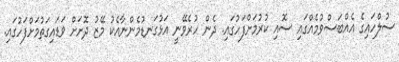
ސުލްހައިގެ އެއްބަސްވުމެއްގައި ސޮއި ކުރުމަށްފަހުގައި. ދެން ހުރެވޭނީ އަޅުގަނޑުމެންނާއެކު މޭޒު ދޮށަށް ވަޑައިގަތުމަށްފަހުގައި.